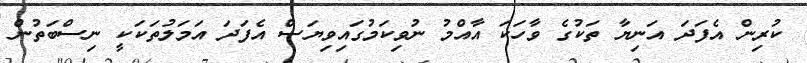
ކުރިން އެފަދަ އަނިޔާ ތަކުގެ ވާހަކަ އާއްމު ނުވިކަމުގައިވިޔަސް އެފަދަ އަމަލުތަކަކީ ނިސްބަތުން